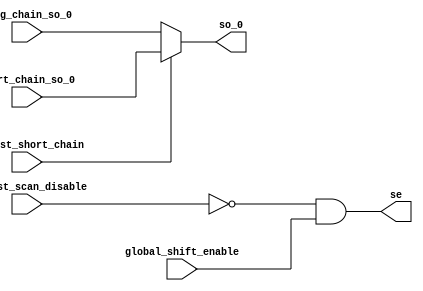
module ctu_test_stub_scan (
se, so_0, 
global_shift_enable, ctu_tst_scan_disable, 
ctu_tst_short_chain, long_chain_so_0, short_chain_so_0
);
   input        global_shift_enable;
   input        ctu_tst_scan_disable;
   input 	ctu_tst_short_chain;
   input 	long_chain_so_0;
   input 	short_chain_so_0;
   output 	se;
   output 	so_0;
   wire         short_chain_select;
   assign  se                 = ~ctu_tst_scan_disable & global_shift_enable;
   assign  short_chain_select = ctu_tst_short_chain;
   assign  so_0               = short_chain_select ? short_chain_so_0 : long_chain_so_0;
endmodule